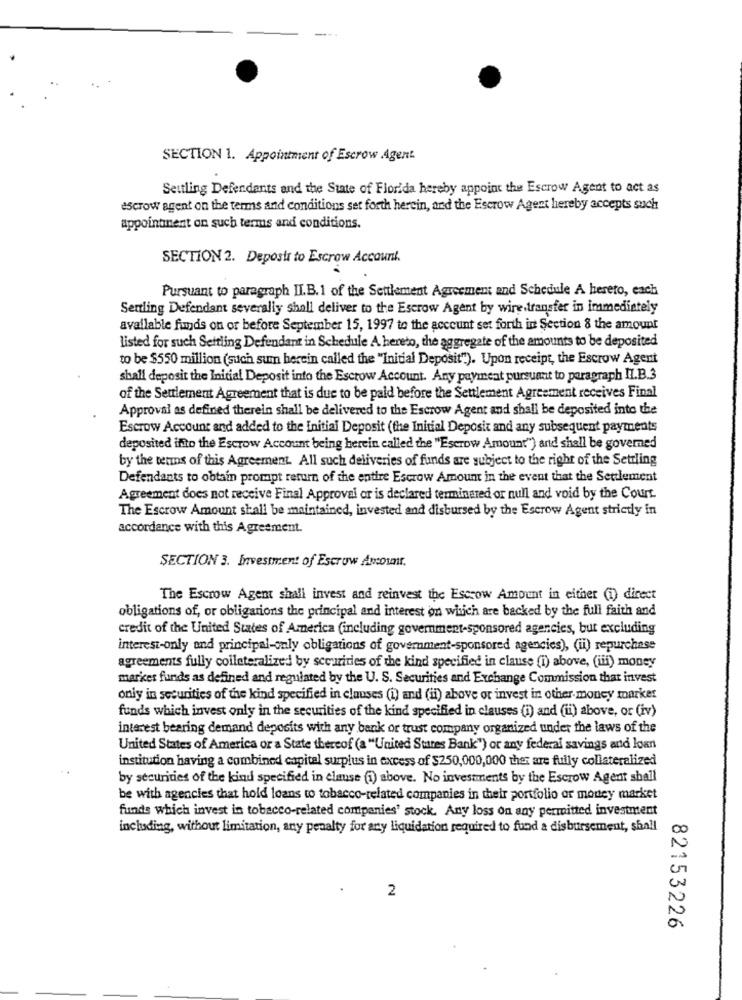
SECTION 1. Appointment of Escrow Agent
Settling Defendants and the State of Florida hereby appoint the Escrow Agent to act as
escrow agent on the terms and conditions set forth herein, and the Escrow Agent hereby accepts such
appointment on such terms and conditions.
SECTION 2. Deposit to Escrow Account.
Pursuant to paragraph II.B.1 of the Settlement Agreement and Schedule A hereto, each
Sertling Defendant severally shall deliver to the Escrow Agent by wire transfer in immediately
available funds on or before September 15, 1997 to the account set forth in Section 8 the amount
listed for such Settling Defendant in Schedule A hereto, the aggregate of the amounts to be deposited
to be $550 million (such sum herein called the "Initial Deposit".). Upon receipt, the Escrow Agent
shall deposit the Initial Deposit into the Escrow Account. Any payment pursuant to paragraph Il.B.3
of the Seulement Agreement that is due to be paid before the Settlement Agreement receives Final
Approval as defined therein shall be delivered to the Escrow Agent and shall be deposited into the
Escrow Account and added to the Initial Deposit (the Initial Deposit and any subsequent payments
deposited ifito the Escrow Account being herein called the "Escrow Amount") and shall be governed
by the tetins of this Agreement. All such deliveries of funds are subject to the right of the Settling
Defendants to obtain prompt return of the entire Escrow Amount in the event that the Settlement
Agreement does not receive Final Approval or is declared terminared or null and void by the Court.
The Escrow Amount shall be maintained, invested and disbursed by the Escrow Agent strictly in
accordance with this Agreement.
SECTION 3. Investment of Escrow Awcount.
The Escrow Agent shall invest and reinvest the Escrow Amount in either (i) direct
obligations of, or obligations the principal and interest on which are backed by the full faith and
credit of the United States of America (including government-sponsored agencies, but excluding
interest-only and principal-only obligations of government-sponsored agencies), (ii) repurchase
agreements fully collateralized by securities of the kind specified in clause (i) above, (ii) money
market funds as defined and regulated by the U. S. Securities and Exchange Commission that invest
only in securities of the kind specified in clauses (i) and (ii) above or invest in other money market
funds which invest only in the securities of the kind specified in clauses (i) and (i) above, or (iv)
interest bearing demand deposits with any bank or trust company organized under the laws of the
United States of America or a State thereof (a "United States Bank") or any federal savings and loan
institution having a combined capital surplus in excess of $250,000,000 ther are fully collateralized
by securities of the kind specified in clause (i) above. No investments by the Escrow Agent shall
be with agencies that hold loans to tobacco-related companies in their portfolio or money market
funds which invest in tobacco-related companies' stock. Any loss on any permitted investment
including, without limitation, any penalty for any liquidation required to fund a disbursement, shall
2
82153226